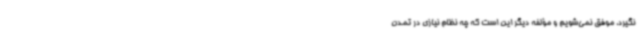
نگیرد، موفق نمی‌شویم و مؤلفه دیگر این است که چه نظام نیازی در تمدن